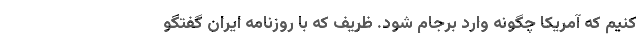
کنیم که آمریکا چگونه وارد برجام شود. ظریف که با روزنامه ایران گفتگو